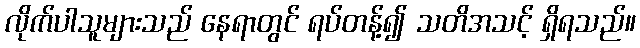
လိုက်ပါသူများသည် နေရာတွင် ရပ်တန့်၍ သတိအသင့် ရှိရသည်။